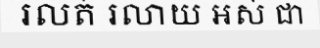
រលត់ រលាយ អស់ ជា